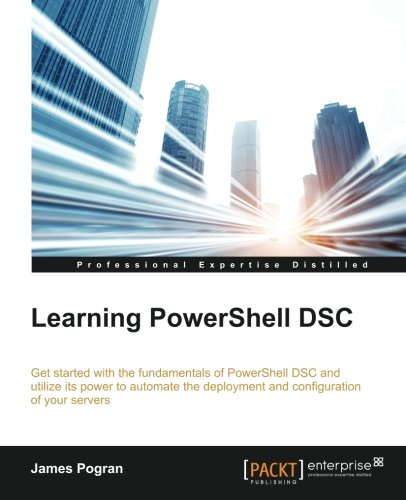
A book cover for Learning PowerShell DSC; James Pogran; Computers & Technology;